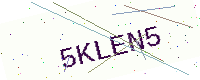
Text: 5KLEN5